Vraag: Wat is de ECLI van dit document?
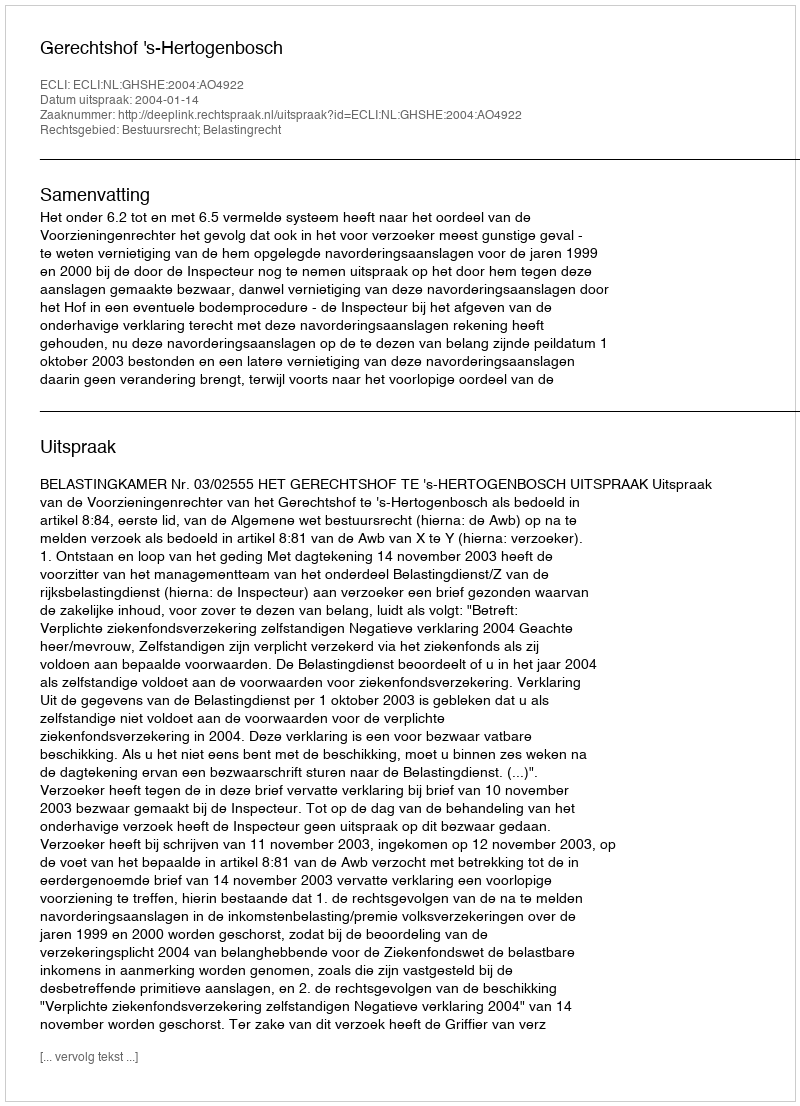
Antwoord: ECLI:NL:GHSHE:2004:AO4922